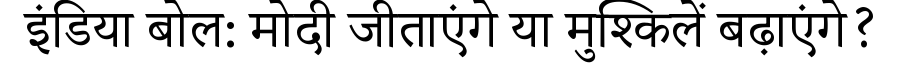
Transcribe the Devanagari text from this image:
इंडिया बोल: मोदी जीताएंगे या मुश्किलें बढ़ाएंगे?